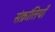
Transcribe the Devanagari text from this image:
संक्रांतियाँ